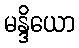
မန္ဒိယော